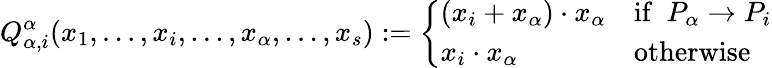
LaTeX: Q_{\alpha,i}^{\alpha}(x_{1},...,x_{i},...,x_{\alpha},...,x_{s}):=\left\{ \begin{array}{ll}{(x_{i}+x_{\alpha})\cdot x_{\alpha}}&{\mathrm{if}\enspace P_{\alpha}\rightarrow P_{i}}\\ {x_{i}\cdot x_{\alpha}}&{\mathrm{otherwise}}\end{array}\right.